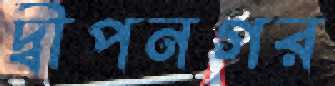
দ্বীপনগর